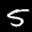
Digit: 5